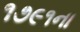
૧૭૯૧ના